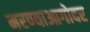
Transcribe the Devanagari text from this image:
मरण्याआगोदर